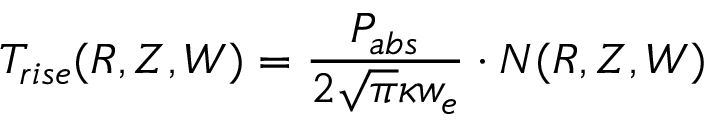
T _ { r i s e } ( R , Z , W ) = \frac { P _ { a b s } } { 2 \sqrt { \pi } \kappa w _ { e } } \cdot N ( R , Z , W )